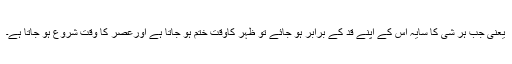
یعنی جب ہر شیٔ کا سایہ اس کے اپنے قد کے برابر ہو جائے تو ظہر کاوقت ختم ہو جاتا ہے اورعصر کا وقت شروع ہو جاتا ہے۔